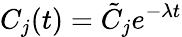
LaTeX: C_{j}(t)=\tilde{C}_{j}e^{-\lambda t}